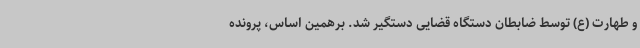
و طهارت (ع) توسط ضابطان دستگاه قضایی دستگیر شد. برهمین اساس، پرونده